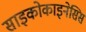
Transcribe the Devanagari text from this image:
साइकोकाइनेसिस